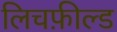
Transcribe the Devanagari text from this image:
लिचफ़ील्ड